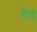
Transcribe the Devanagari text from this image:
मैल्